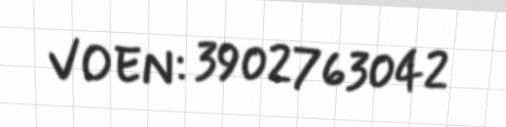
VOEN: 3902763042